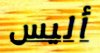
أليس